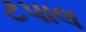
ટપાલ